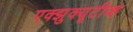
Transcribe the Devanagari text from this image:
एक्झुक्यूटीव्ह